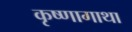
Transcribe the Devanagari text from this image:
कृष्णागाथा